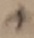
Text: +